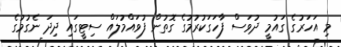
މި އަހަރުގެ ގައުމީ ދުވަސް ފާހަގަކުރުމުގެ ގޮތުން ފުވައްމުލައް ސިޓީގައި ދިދަ ނެގުމުގެ